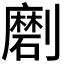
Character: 𱐦